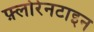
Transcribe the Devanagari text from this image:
फ़्लोरेनटाइन